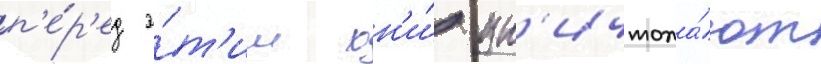
п'е́р'ед э́т'им он'и́ ун'ичтожа́ют